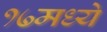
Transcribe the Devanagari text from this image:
१७मध्ये